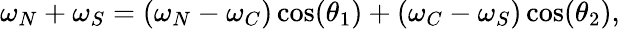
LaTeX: \omega_{N}+\omega_{S}=(\omega_{N}-\omega_{C})\cos(\theta_{1})+(\omega_{C}-\omega_{S})\cos(\theta_{2}),